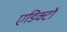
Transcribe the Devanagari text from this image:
एडिक्टों